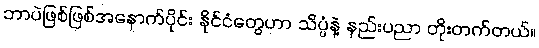
ဘာပဲဖြစ်ဖြစ်အနောက်ပိုင်း နိုင်ငံတွေဟာ သိပ္ပံနဲ့ နည်းပညာ တိုးတက်တယ်။